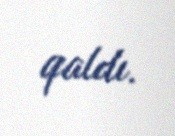
qaldı.